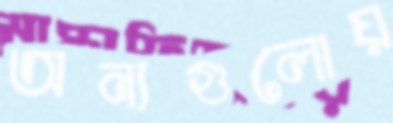
অন্যগুলোয়